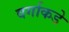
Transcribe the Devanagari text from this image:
वर्गाकडे